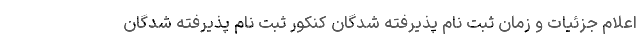
اعلام جزئیات و زمان ثبت نام پذیرفته شدگان کنکور ثبت نام پذیرفته شدگان